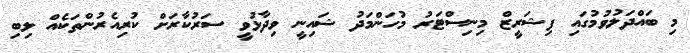
މި ބައްދަލުވުމުގައި ފިޝަރީޒް މިނިސްޓަރު މުހަންމަދު ޝައިނީ ވިދާޅުވީ ސަރުކާރަށް ކުރިއެރުންތަކެއް ލިބި